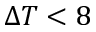
\Delta T < 8